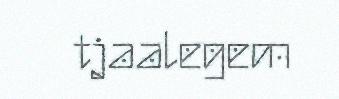
tjaalegem